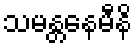
သမန္တနေမီနိ